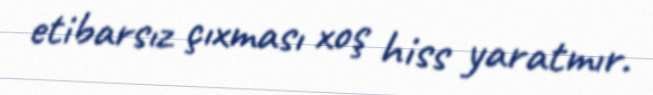
etibarsız çıxması xoş hiss yaratmır.